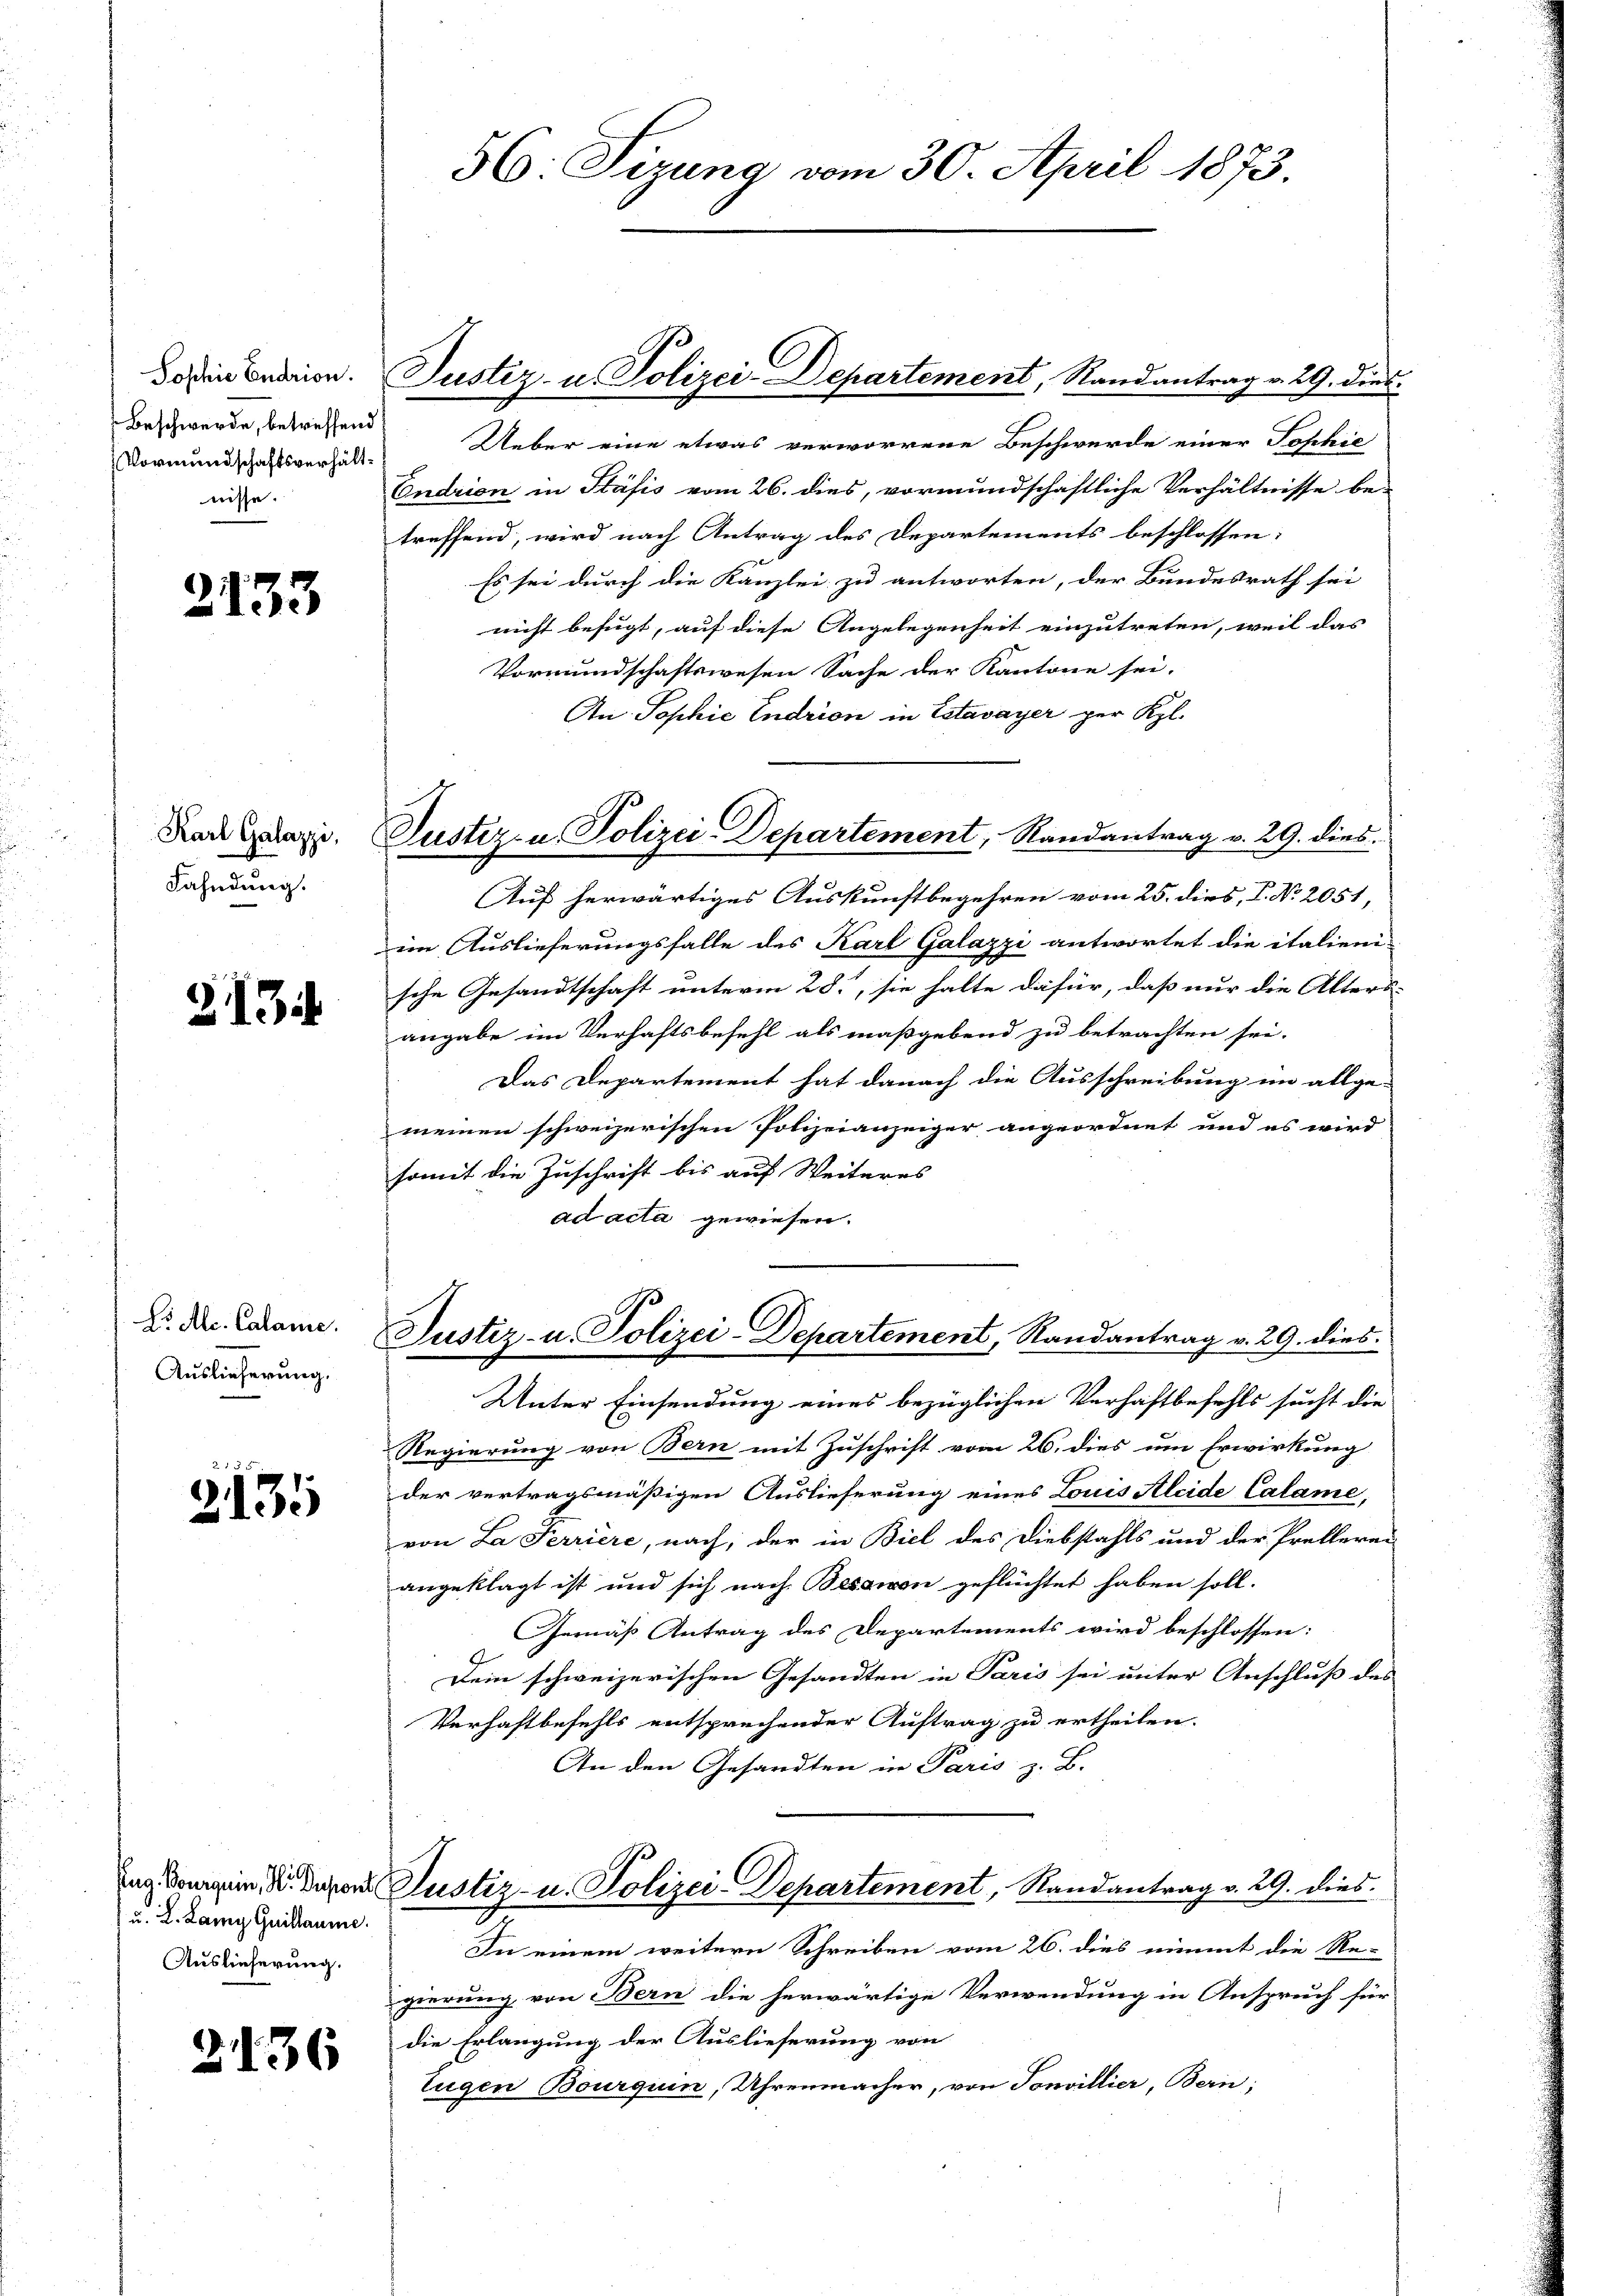
Beschwerde, betreffend
Vormundschaftsverhältnisse.

2133

Karl Galazzi,
Fahndung.

313

S. Al. Calame.
Auslieferung.

R. S. 58
2135

u. L. Lamy Quillaume.
Auslieferung.

19.1

136

56: Sizung vom 30. April 1873.

Ueber eine etwas verworrene Beschwerde einer Sophie
Endrien in Stäfis vom 26. dies, vormundschaftliche Verhältnisse betreffend, wird nach Antrag des Departements beschlossen:
Es sei durch die Kanzlei zu antworten, der Bundesrath sei
nicht befugt, auf diese Angelegenheit einzutreten, weil das
Vormundschaftswesen Sache der Kantone sei.
An Sophie Indrion in Estavayer per Kl.
Auf herwärtiges Auskunftbegehren vom 25. dies, P. Nr. 2051,
im Auslieferungsfalle des Karl Galazzi antwortet die italieni-
sche Gesandtschaft unterm 28., sie halte dafür, daß nur die Alters-
angabe im Verhaftsbefehl als maßgebend zu betrachten sei.
Das Departement hat danach die Ausschreibung im allge-
meinen schweizerischen Polizeianzeiger angeordnet und es wird
somit die Zuschrift bis auf Weiteres
ad acta gewiesen.
Justiz- u. Polizei-Departement, Randantrag v. 29. dies
Unter Einsendung eines bezüglichen Verhaftbefehls sucht die
Regierung von Bern mit Zuschrift vom 26. dies um Erwirkung
der vertragsmäßigen Auslieferung eines Louis Aleide Calame,
von La Perriere, nach, der in Biel des Diebstahls und der Prellerar
angeklagt ist und sich nach Bession geflüchtet haben soll.
Gemäß Antrag des Departements wird beschlossen:
Dein schweizerischen Gesandten in Paris sei unter Anschluss des
Verhaftbefehls entsprechender Auftrag zu ertheilen.
An den Gesandten in Paris z. B.
ng Domain der Justiz- u. Polizei-Departement, Randantrag v. 29. dies
In einem weitern Schreiben vom 26. dies nimmt die Re-
gierung von Bern die herwärtige Verwendung in Anspruch für
die Erlangung der Auslieferung von
Eugen Bourquin, Uhrenmacher, von Tonvillier, Bern;

dodin Endrion. Justiz- u. Polizei-Departement, Randantrag v. 29. Diet.

Justiz- u. Polizei-Departement, Randantrag v. 29. dies